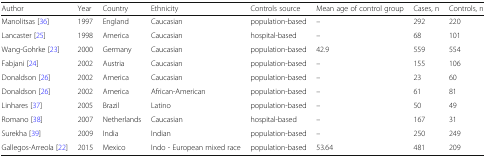
<table><thead><tr><td><b>Author</b></td><td><b>Year</b></td><td><b>Country</b></td><td><b>Ethnicity</b></td><td><b>Controls source</b></td><td><b>Mean age of control group</b></td><td><b>Cases, n</b></td><td><b>Controls, n</b></td></tr></thead><tbody><tr><td>Manolitsas [36]</td><td>1997</td><td>England</td><td>Caucasian</td><td>population-based</td><td>–</td><td>292</td><td>220</td></tr><tr><td>Lancaster [25]</td><td>1998</td><td>America</td><td>Caucasian</td><td>hospital-based</td><td>–</td><td>68</td><td>101</td></tr><tr><td>Wang-Gohrke [23]</td><td>2000</td><td>Germany</td><td>Caucasian</td><td>population-based</td><td>42.9</td><td>559</td><td>554</td></tr><tr><td>Fabjani [24]</td><td>2002</td><td>Austria</td><td>Caucasian</td><td>population-based</td><td>–</td><td>155</td><td>106</td></tr><tr><td>Donaldson [26]</td><td>2002</td><td>America</td><td>Caucasian</td><td>population-based</td><td>–</td><td>23</td><td>60</td></tr><tr><td>Donaldson [26]</td><td>2002</td><td>America</td><td>African-American</td><td>population-based</td><td>–</td><td>61</td><td>81</td></tr><tr><td>Linhares [37]</td><td>2005</td><td>Brazil</td><td>Latino</td><td>population-based</td><td>–</td><td>50</td><td>49</td></tr><tr><td>Romano [38]</td><td>2007</td><td>Netherlands</td><td>Caucasian</td><td>hospital-based</td><td>–</td><td>167</td><td>31</td></tr><tr><td>Surekha [39]</td><td>2009</td><td>India</td><td>Indian</td><td>population-based</td><td>–</td><td>250</td><td>249</td></tr><tr><td>Gallegos-Arreola [22]</td><td>2015</td><td>Mexico</td><td>Indo - European mixed race</td><td>population-based</td><td>53.64</td><td>481</td><td>209</td></tr></tbody></table>